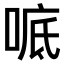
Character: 𫪭